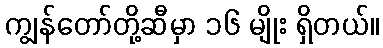
ကျွန်တော်တို့ဆီမှာ ၁၆ မျိုး ရှိတယ်။